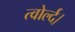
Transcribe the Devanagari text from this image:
त्वोर्ल्द।